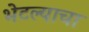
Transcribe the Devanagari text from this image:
भेटल्याचा